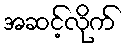
အဆင့်လိုက်